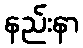
နည်းနာ